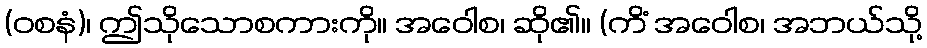
(ဝစနံ)၊ ဤသိုသောစကားကို။ အဝေါစ၊ ဆို၏။ (ကိံ အဝေါစ၊ အဘယ်သို့